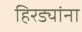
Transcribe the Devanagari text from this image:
हिरड्यांना